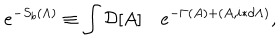
e ^ { - S _ { b } ( \Lambda ) } \equiv \int { \cal D } [ A ] \quad e ^ { - \Gamma ( A ) + ( A , i \ast d \Lambda ) } ,